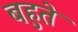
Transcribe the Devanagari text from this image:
बहुते